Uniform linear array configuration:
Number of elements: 24
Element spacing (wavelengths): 1
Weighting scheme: kaiser
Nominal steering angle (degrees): -45
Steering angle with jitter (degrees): -46.343
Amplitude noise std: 0.05
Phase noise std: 0.05

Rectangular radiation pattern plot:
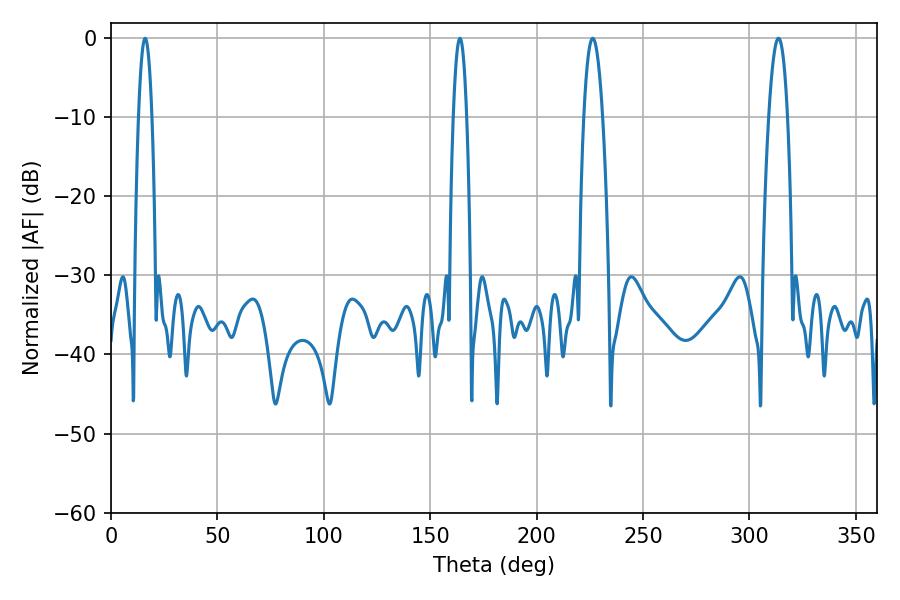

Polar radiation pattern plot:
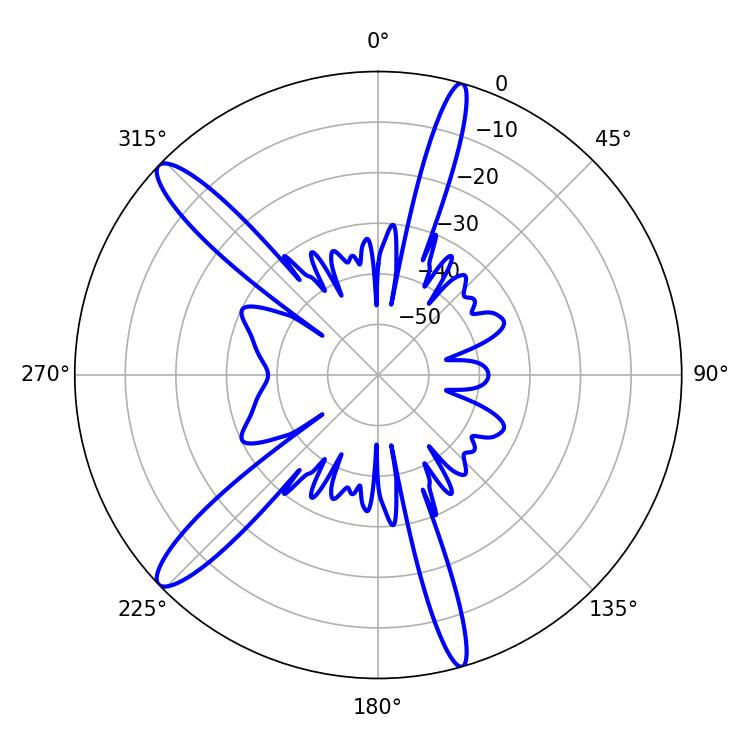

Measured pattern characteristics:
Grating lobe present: TRUE
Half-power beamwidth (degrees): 3.42
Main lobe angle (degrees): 16.02